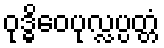
ဝုဒ္ဓိဝေပုလ္လပ္ပတ္တံ